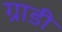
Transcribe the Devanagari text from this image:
ग्राडी